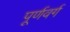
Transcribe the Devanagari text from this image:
पूर्णवर्ग